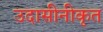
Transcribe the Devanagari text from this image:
उदासीनीकृत